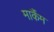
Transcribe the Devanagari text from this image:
मार्कैंम